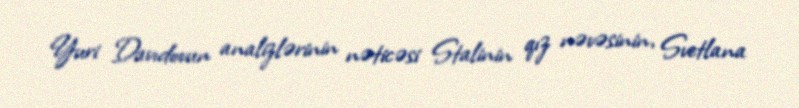
Yuri Davıdovun analizlərinin nəticəsi Stalinin qız nəvəsinin, Svetlana